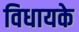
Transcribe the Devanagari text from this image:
विधायके